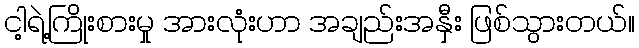
ငါ့ရဲ့ကြိုးစားမှု အားလုံးဟာ အချည်းအနှီး ဖြစ်သွားတယ်။